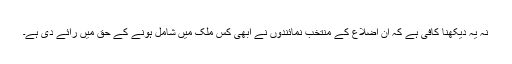
نہ یہ دیکھنا کافی ہے کہ ان اضلاع کے منتخب نمائندوں نے ابھی کس ملک میں شامل ہونے کے حق میں رائے دی ہے۔